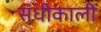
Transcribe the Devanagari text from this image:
संधीकाली